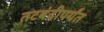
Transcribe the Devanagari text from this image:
तटबंदीपर्यंत